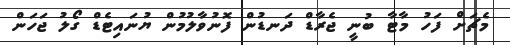
މެޗަށް ފަހު މާޓާ ބުނީ ޖެރާޑް ދަނޑުން ފޮނުވާލުމުން ޔުނައިޓެޑް ގޯލު ޖަހަން